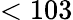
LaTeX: <103